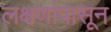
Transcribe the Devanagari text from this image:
लक्षणांपासून